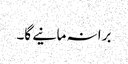
برا نہ مانیے گا۔